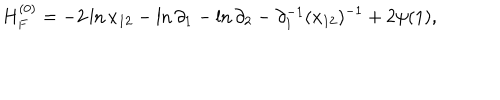
H _ { F } ^ { ( 0 ) } = - 2 \ln x _ { 1 2 } - \ln \partial _ { 1 } - \ln \partial _ { 2 } - \partial _ { 1 } ^ { - 1 } ( x _ { 1 2 } ) ^ { - 1 } + 2 \psi ( 1 ) ,